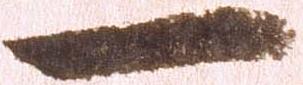
一